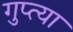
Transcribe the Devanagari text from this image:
गुप्‍त्या